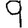
Digit: 9